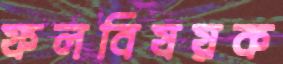
ফলবিষয়ক